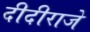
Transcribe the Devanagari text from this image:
दीदीराजे